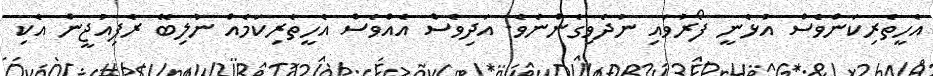
އެހީތެރިކަންވެސް އުޅެނީ ފޯރުވައި ނުދެވިގެންނެވެ. އަދިވެސް އެއްވެސް އެހީތެރިކަމެއް ނުލިބޭ ރެފިއުޖީން އެކި